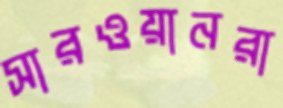
সারওয়ানরা